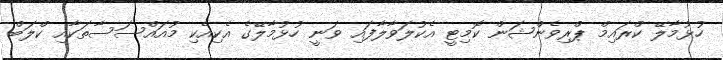
ހުޅުމާލޭ ކްރައިމް ޕްރިވެންޝަން ކޮމިޓީ އެކުލަވާލާފައި ވަނީ ހުޅުމާލޭގެ އެކިއެކި މުއައްސަސާތަކާއި ކްލަބް